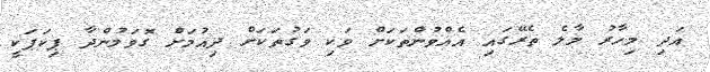
އަދި މިހާރު މާލެ ތެރޭގައި އެއްވުންތަކަށް ވަކި ވަގުތަކަށް ދިއުމަށް ގޮވަމުންދާ ޕިކަޕަކީ